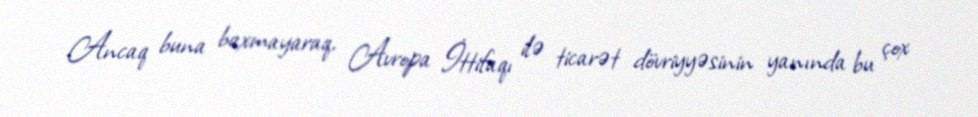
Ancaq buna baxmayaraq, Avropa İttifaqı ilə ticarət dövriyyəsinin yanında bu çox